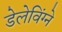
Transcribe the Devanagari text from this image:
डेलेविंग्ने